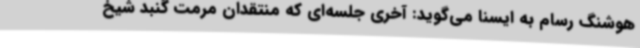
هوشنگ رسام به ایسنا می‌گوید: آخری جلسه‌ای که منتقدان مرمت گنبد شیخ